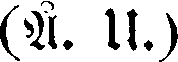
(Å. U.)